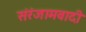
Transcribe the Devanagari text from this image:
संरंजामवादी